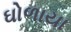
ઘોળાયા